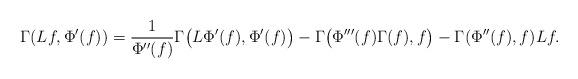
LaTeX: \begin{align*} \Gamma(Lf,\Phi'(f))=\frac1{\Phi''(f)}\Gamma\big(L\Phi'(f),\Phi'(f)\big) -\Gamma\big(\Phi'''(f)\Gamma(f),f\big) -\Gamma(\Phi''(f),f)Lf. \end{align*}